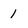
Character: 1